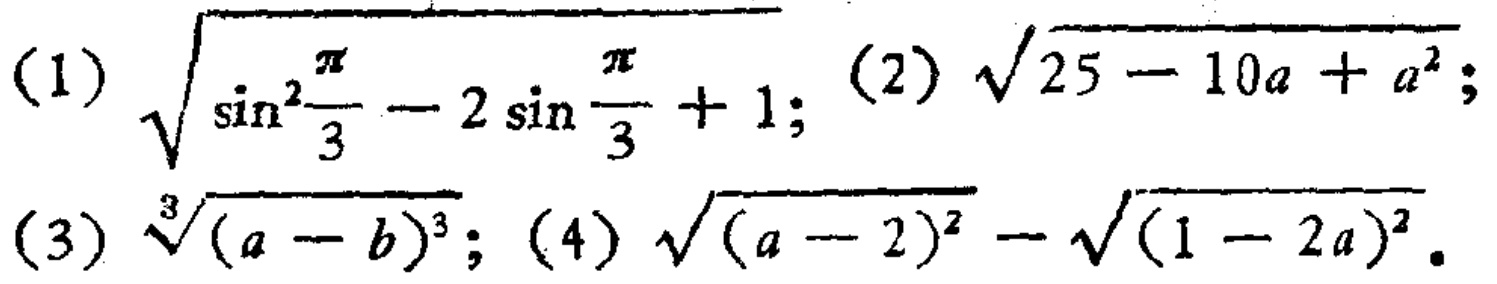
(1) \(\sqrt{\sin^{2}\frac{\pi}{3}-2\sin\frac{\pi}{3}+1}\); (2) \(\sqrt{25 - 10a + a^{2}}\);
(3) \(\sqrt[3]{(a - b)^{3}}\); (4) \(\sqrt{(a - 2)^{2}}-\sqrt{(1 - 2a)^{2}}\)